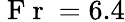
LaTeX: \mathrm{~F~r~}=6.4